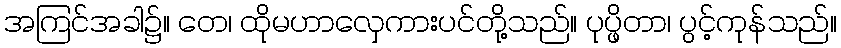
အကြင်အခါ၌။ တေ၊ ထိုမဟာလှေကားပင်တို့သည်။ ပုပ္ဖိတာ၊ ပွင့်ကုန်သည်။